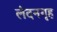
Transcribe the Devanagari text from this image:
लंदनगृह